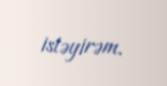
istəyirəm.